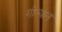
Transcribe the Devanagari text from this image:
गोत्यात